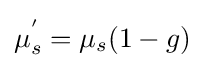
\mu _{s}^{'}=\mu _{s}(1-g)